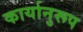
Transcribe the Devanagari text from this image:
कार्यानुरूप